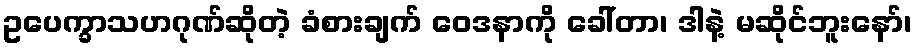
ဥပေက္ခာသဟဂုဏ်ဆိုတဲ့ ခံစားချက် ဝေဒနာကို ခေါ်တာ၊ ဒါနဲ့ မဆိုင်ဘူးနော်၊